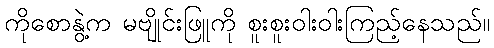
ကိုစောနွဲ့က မဗျိုင်းဖြူကို စူးစူးဝါးဝါးကြည့်နေသည်။